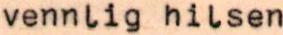
vennlig hilsen